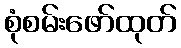
စုံစမ်းဖော်ထုတ်